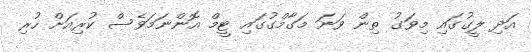
އަދި ލީގުގައި މިވަގު ތިން ވަނަ މަގާމްގުގައި ޓީމް އޮންނަމަވެސް ކުރިއަށް ހުރި